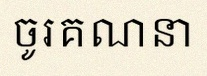
ចូរគណនា